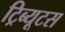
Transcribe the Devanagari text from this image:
ट्रिब्यूटस